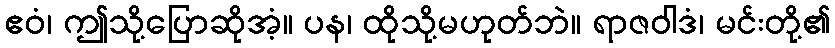
ဧဝံ၊ ဤသို့ပြောဆိုအံ့။ ပန၊ ထိုသို့မဟုတ်ဘဲ။ ရာဇဝါဒံ၊ မင်းတို့၏